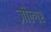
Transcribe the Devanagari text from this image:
ज़ील्‍गर